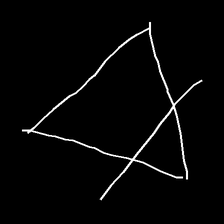
Glyph: empower